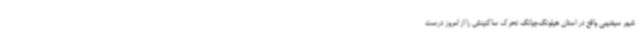
شهر سیفنهی واقع در استان هیلونگ‌جیانگ تحرک ساکنینش را از امروز درست